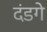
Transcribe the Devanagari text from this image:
दंडगे